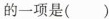
的一项是( )